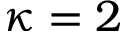
\kappa = 2